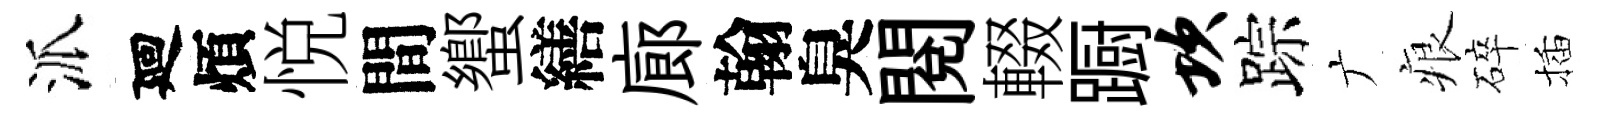
派廻煩悦間蠁繕廊翰臭閲輟蹰坎踪广痕碎插